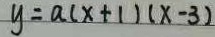
y = a ( x + 1 ) ( x - 3 )